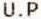
U.P